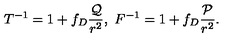
T ^ { - 1 } = 1 + f _ { D } { \frac { \cal Q } { r ^ { 2 } } } , \ F ^ { - 1 } = 1 + f _ { D } { \frac { \cal P } { r ^ { 2 } } } .